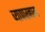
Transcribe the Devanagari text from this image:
व्यापारनाम